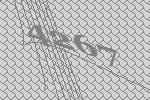
4267